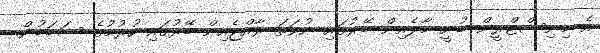
އެ މިނިސްޓްރީން ބުނީ މާލެއިން ބޭރުގައި ނުވަތަ ރާއްޖެއިން ބޭރުގައި ހުރުމުގެ ސަބަބުން